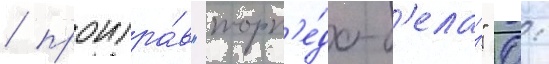
/ проигра́в "торп'е́до-б'елаз" 0: